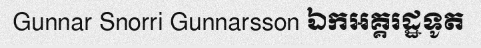
Gunnar Snorri Gunnarsson ឯកអគ្គរដ្ឋទូត